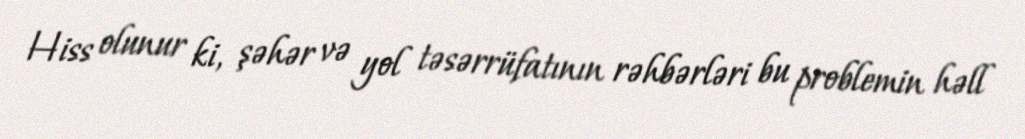
Hiss olunur ki, şəhər və yol təsərrüfatının rəhbərləri bu problemin həll